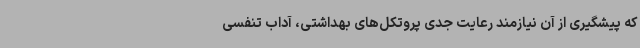
که پیشگیری از آن نیازمند رعایت جدی پروتکل‌های بهداشتی، آداب تنفسی